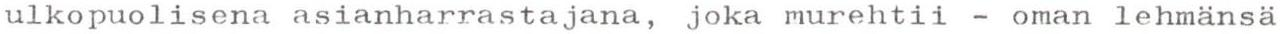
ulkopuolisena asianharrastajana, joka murehtii - oman lehmänsä